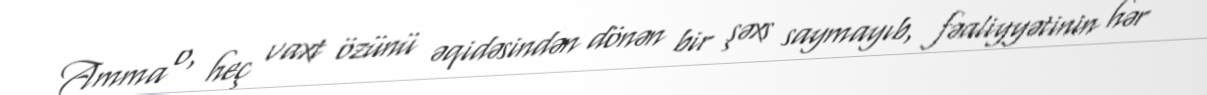
Amma o, heç vaxt özünü əqidəsindən dönən bir şəxs saymayıb, fəaliyyətinin hər